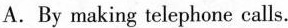
A.By making telephone calls.